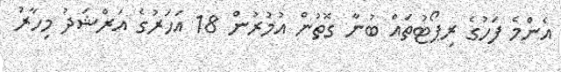
އެންމެ ފަހުގެ ރިޕޯޓުތައް ބުނާ ގޮތުން އުމުރުން 18 އަހަރުގެ އަރްޝަދު މިހާރު